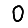
Digit: 0